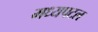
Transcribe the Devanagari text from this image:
मध्यपटल